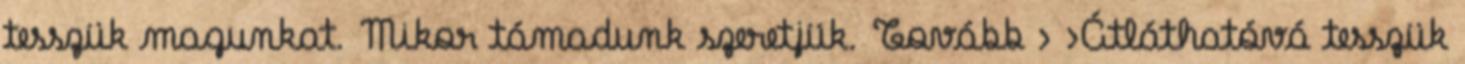
tesszük magunkat. Mikor támadunk szeretjük. Tovább › ›Átláthatóvá tesszük